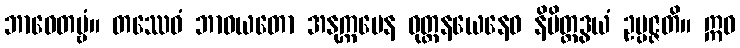
ဘာဝေတဗ္ဗံ။ တဿေဝံ ဘာဝယတော အနုက္ကမေန ဝုတ္တနယေနေဝ နိမိတ္တဒွယံ ဥပ္ပဇ္ဇတိ။ ဣဓ